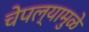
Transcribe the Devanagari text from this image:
चेपल्यामुळे